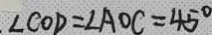
. \angle C O D = \angle A O C = 4 5 ^ { \circ }